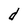
Character: d